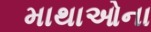
માથાઓના